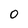
Character: 0